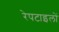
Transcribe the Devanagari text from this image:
रेपटाइलों